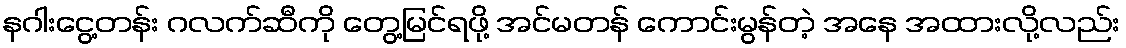
နဂါးငွေ့တန်း ဂလက်ဆီကို တွေ့မြင်ရဖို့ အင်မတန် ကောင်းမွန်တဲ့ အနေ အထားလို့လည်း